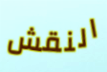
النقش